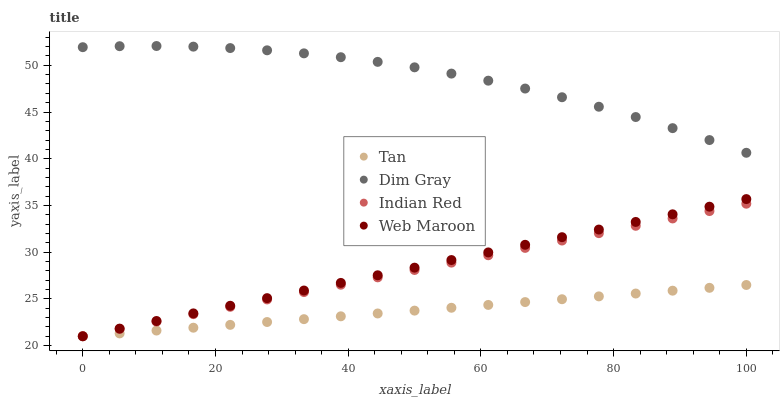
| xaxis_label | Tan | Dim Gray | Indian Red | Web Maroon |
 | --- | --- | --- | --- | --- |
 | 0 | 21 | 51.9 | 21 | 21 |
 | 5.56 | 21.3 | 52 | 21.8 | 21.8 |
 | 11.1 | 21.6 | 52.1 | 22.6 | 22.6 |
 | 16.7 | 21.9 | 52 | 23.4 | 23.4 |
 | 22.2 | 22.2 | 51.8 | 24.2 | 24.3 |
 | 27.8 | 22.5 | 51.6 | 24.9 | 25.1 |
 | 33.3 | 22.8 | 51.3 | 25.7 | 25.9 |
 | 38.9 | 23.1 | 50.9 | 26.5 | 26.7 |
 | 44.4 | 23.4 | 50.4 | 27.3 | 27.5 |
 | 50 | 23.7 | 49.8 | 28.1 | 28.3 |
 | 55.6 | 24 | 49.1 | 28.9 | 29.2 |
 | 61.1 | 24.4 | 48.4 | 29.7 | 30 |
 | 66.7 | 24.7 | 47.5 | 30.5 | 30.8 |
 | 72.2 | 25 | 46.6 | 31.2 | 31.6 |
 | 77.8 | 25.3 | 45.6 | 32 | 32.4 |
 | 83.3 | 25.6 | 44.5 | 32.8 | 33.2 |
 | 88.9 | 25.9 | 43.3 | 33.6 | 34.1 |
 | 94.4 | 26.2 | 42 | 34.4 | 34.9 |
 | 100 | 26.5 | 40.6 | 35.2 | 35.7 |